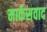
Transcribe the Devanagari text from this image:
मार्कसवाद